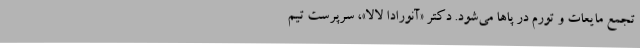
تجمع مایعات و تورم در پاها می‌شود. دکتر «آنورادا لالا»، سرپرست تیم